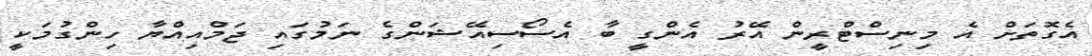
އެގޮތަށް އެ މިނިސްޓްރީން އޭރު އެންގީ ބާ އެސޯސިއޭޝަންގެ ނަމުގައި ޖަމްއިއްޔާ ހިންގުމަކީ